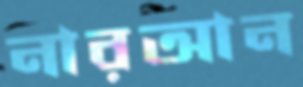
নারআন